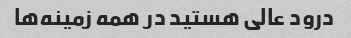
درود عالی هستید در همه زمینه‌ها